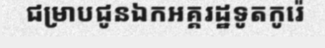
ជម្រាបជូនឯកអគ្គរដ្ឋទូតកូរ៉េ